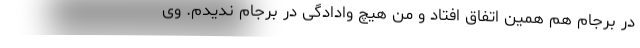
در برجام هم همین اتفاق افتاد و من هیچ وادادگی در برجام ندیدم. وی